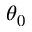
\theta _ { 0 }